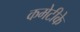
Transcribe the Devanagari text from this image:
कमेटीके